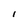
Character: l